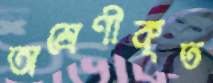
অশ্রেণীকৃত